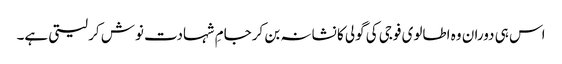
اس ہی دوران وہ اطالوی فوجی کی گولی کا نشانہ بن کرجامِ شہادت نوش کر لیتی ہے۔